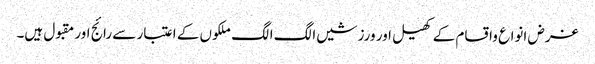
غرض انواع واقسام کے کھیل اور ورزشیں الگ الگ ملکوں کے اعتبار سے رائج اور مقبول ہیں۔